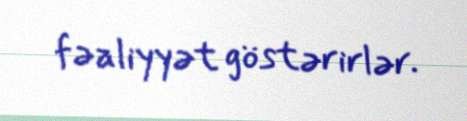
fəaliyyət göstərirlər.